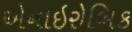
એનાઇરોબિક